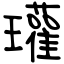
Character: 瓘